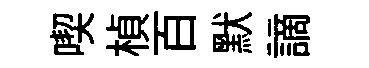
喫楨百默謫